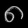
Digit: ၈